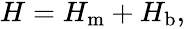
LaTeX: \begin{array}{r}{H=H_{\mathrm{m}}+H_{\mathrm{b}},}\end{array}